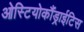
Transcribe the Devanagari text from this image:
ओस्टियोकौंड्राईटिस